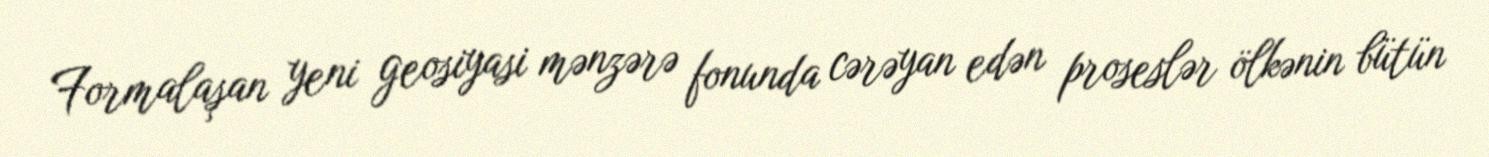
Formalaşan yeni geosiyasi mənzərə fonunda cərəyan edən proseslər ölkənin bütün